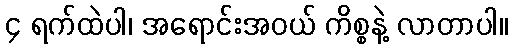
၄ ရက်ထဲပါ၊ အရောင်းအဝယ် ကိစ္စနဲ့ လာတာပါ။